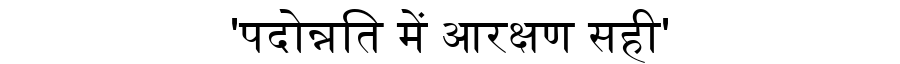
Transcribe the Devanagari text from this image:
'पदोन्नति में आरक्षण सही'